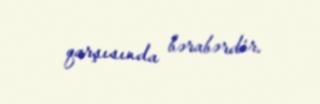
qarşısında bərabərdir.